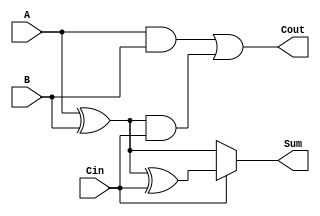
module CSFA (
    input wire A,    // First input bit
    input wire B,    // Second input bit
    input wire Cin,  // Carry-in bit
    output wire Sum, // Sum output
    output wire Cout // Carry-out output
);

    // Intermediate signals
    wire S0;        // Sum without carry-in
    wire S1;        // Sum with carry-in
    wire C0;        // Carry from A and B
    wire C1;        // Carry from S0 and Cin

    // Compute S0: A XOR B
    assign S0 = A ^ B;

    // Compute S1: S0 XOR Cin
    assign S1 = S0 ^ Cin;

    // Compute C0: A AND B
    assign C0 = A & B;

    // Compute C1: S0 AND Cin
    assign C1 = S0 & Cin;

    // Compute final Cout: C0 OR C1
    assign Cout = C0 | C1;

    // Select final Sum based on Cin
    assign Sum = Cin ? S1 : S0;

endmodule